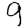
Digit: 9